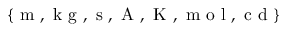
\{ \mathrm { ~ m ~ } , \mathrm { ~ k ~ g ~ } , \mathrm { ~ s ~ } , \mathrm { ~ A ~ } , \mathrm { ~ K ~ } , \mathrm { ~ m ~ o ~ l ~ } , \mathrm { ~ c ~ d ~ } \}